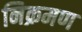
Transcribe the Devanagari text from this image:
निक्रमण